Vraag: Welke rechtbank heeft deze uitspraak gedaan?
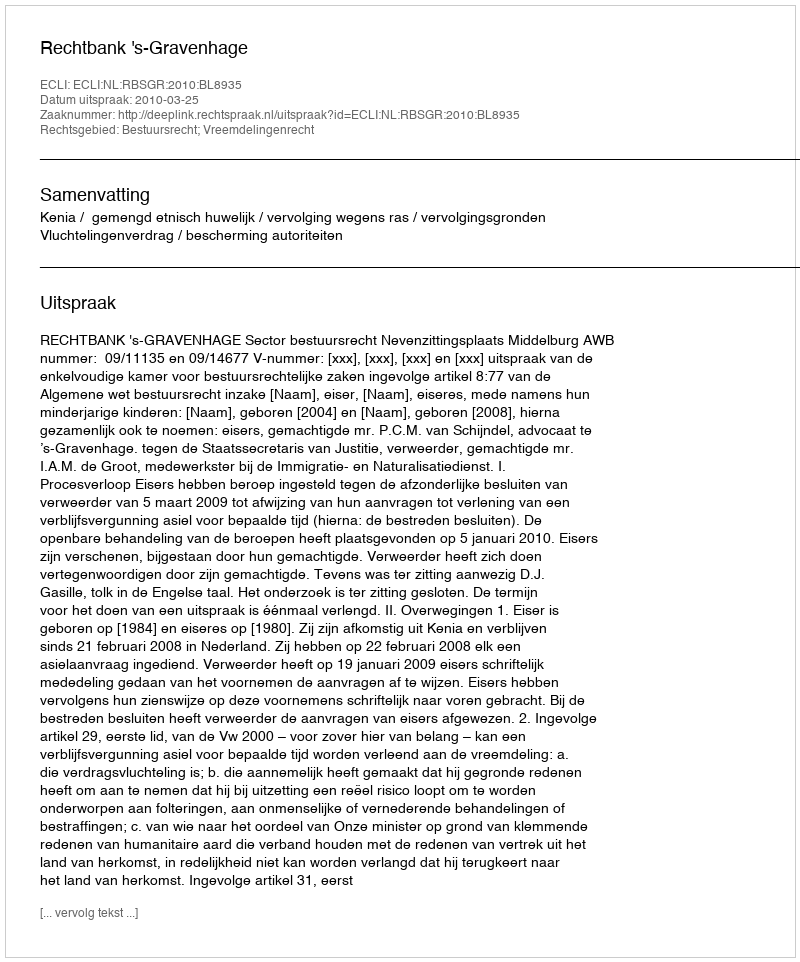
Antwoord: Rechtbank 's-Gravenhage